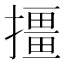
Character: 㩖